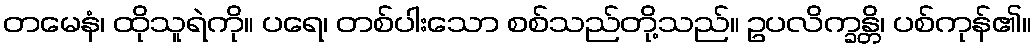
တမေနံ၊ ထိုသူရဲကို။ ပရေ၊ တစ်ပါးသော စစ်သည်တို့သည်။ ဥပလိက္ခန္တိ၊ ပစ်ကုန်၏။